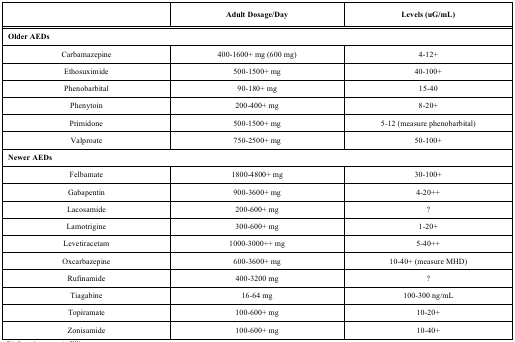
<table><thead><tr><td></td><td><b>Adult Dosage/Day</b></td><td><b>Levels (uG/mL)</b></td></tr></thead><tbody><tr><td colspan="3"><b>Older AEDs</b></td></tr><tr><td>Carbamazepine</td><td>400-1600+ mg (600 mg)</td><td>4-12+</td></tr><tr><td>Ethosuximide</td><td>500-1500+ mg</td><td>40-100+</td></tr><tr><td>Phenobarbital</td><td>90-180+ mg</td><td>15-40</td></tr><tr><td>Phenytoin</td><td>200-400+ mg</td><td>8-20+</td></tr><tr><td>Primidone</td><td>500-1500+ mg</td><td>5-12 (measure phenobarbital)</td></tr><tr><td>Valproate</td><td>750-2500+ mg</td><td>50-100+</td></tr><tr><td colspan="3"><b>Newer AEDs</b></td></tr><tr><td>Felbamate</td><td>1800-4800+ mg</td><td>30-100+</td></tr><tr><td>Gabapentin</td><td>900-3600+ mg</td><td>4-20++</td></tr><tr><td>Lacosamide</td><td>200-600+ mg</td><td>?</td></tr><tr><td>Lamotrigine</td><td>300-600+ mg</td><td>1-20+</td></tr><tr><td>Levetiracetam</td><td>1000-3000++ mg</td><td>5-40++</td></tr><tr><td>Oxcarbazepine</td><td>600-3600+ mg</td><td>10-40+ (measure MHD)</td></tr><tr><td>Rufinamide</td><td>400-3200 mg</td><td>?</td></tr><tr><td>Tiagabine</td><td>16-64 mg</td><td>100-300 ng/mL </td></tr><tr><td>Topiramate</td><td>100-600+ mg </td><td>10-20+</td></tr><tr><td>Zonisamide </td><td>100-600+ mg </td><td>10-40+</td></tr></tbody></table>